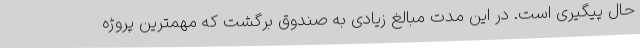
حال پیگیری است. در این مدت مبالغ زیادی به صندوق برگشت که مهمترین پروژه